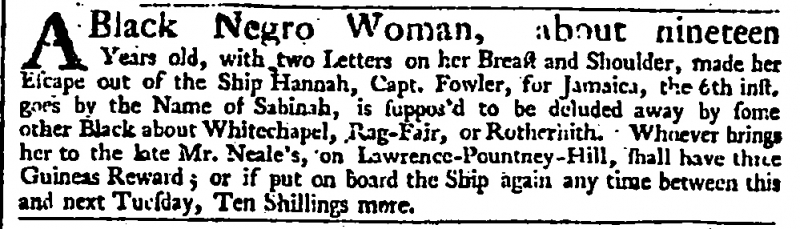
Daily Advertiser, 17 June 1743 (England)
A Black Negro Woman, about nineteen Years old, with two Letters on her Breast and Shoulder, made her Escape out of the Ship Hannah, Capt. Fowler, for Jamaica, the 6th inst. goes by the Name of Sabinah, is suppos’d to be deluded away by some other Black about Whitechapel, Rag-Fair, or Rotherhith. Whoever brings her to the late Mr. Neale’s, on Lawrence-Pountney-Hill, shall have three Guineas Reward; or if put on board the Ship again any time between this and next Tuesday, Ten Shillings more.